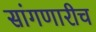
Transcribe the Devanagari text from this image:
सांगणारीच